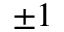
\pm 1